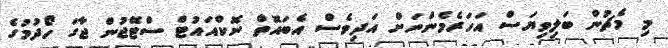
މި މެޗުން ބަލިވިޔަސް އަހަރެމެންނަށް އަދިވެސް އެބައޮތް ނޮކްއައުޓް ސްޓޭޖުން ޖާގަ ހޯދުމުގެ